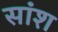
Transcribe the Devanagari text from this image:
सांश